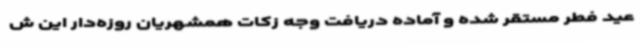
عید فطر مستقر شده و آماده دریافت وجه زکات همشهریان روزه‌دار این ش